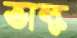
ভাল্ক